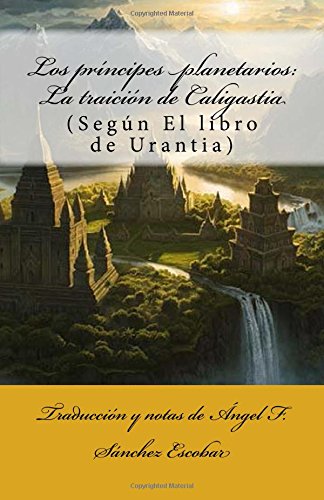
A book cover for Los prÃ­ncipes planetarios: La traiciÃ³n de Caligastia: (SegÃºn El libro de Urantia) (Temas de El libro de Urantia) (Volume 4) (Spanish Edition); ÃEngel F. SÃ¡nchez-Escobar; Religion & Spirituality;